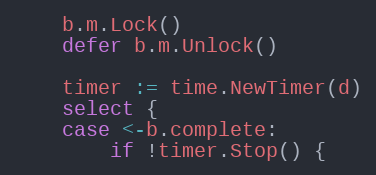
Language: Go
	b.m.Lock()
	defer b.m.Unlock()

	timer := time.NewTimer(d)
	select {
	case <-b.complete:
		if !timer.Stop() {